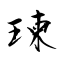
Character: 瑓